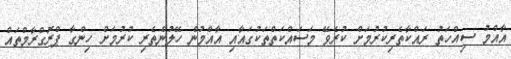
އާއްމު ސިއްހަތު ރައްކާތެރިކުރުމަށް ކުރެވޭ މަސައްކަތްތަކުގައާއި އާއްމުން ހޭލުންތެރި ކުރުމަށް ހިންގާ ޕްރޮގްރާމްތައް